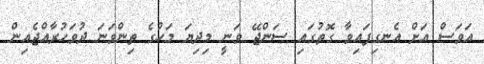
އަވަސް އަށް އެނގިފައިވާ ގޮތުގައި ސަންޖޭ ވަނީ މިދިޔަ މަހުގެ ތިންވަނަ ދުވަހުރާއްޖެއިން